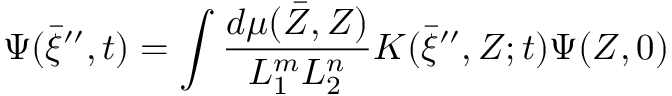
\Psi ( \bar { \xi } ^ { \prime \prime } , t ) = \int \frac { d \mu ( \bar { Z } , Z ) } { L _ { 1 } ^ { m } L _ { 2 } ^ { n } } K ( \bar { \xi } ^ { \prime \prime } , Z ; t ) \Psi ( Z , 0 )